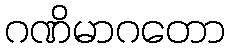
ဂဏိမာဂတော